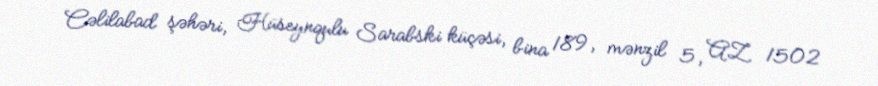
Cəlilabad şəhəri, Hüseynqulu Sarabski küçəsi, bina 189, mənzil 5, AZ 1502